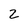
Character: 2